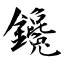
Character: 鑱